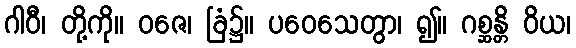
ဂါဝီ၊ တို့ကို။ ဝဇေ၊ ခြံ၌။ ပဝေသေတွာ၊ ၍။ ဂစ္ဆန္တိ ဝိယ၊